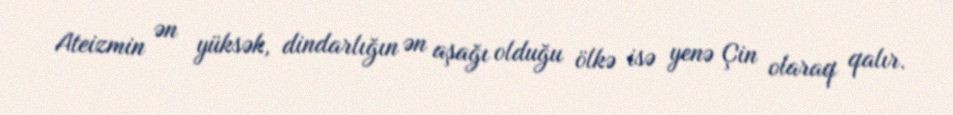
Ateizmin ən yüksək, dindarlığın ən aşağı olduğu ölkə isə yenə Çin olaraq qalır.